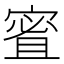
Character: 𪧠